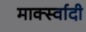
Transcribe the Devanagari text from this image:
मार्क्स्वादी